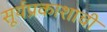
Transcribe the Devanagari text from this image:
सूर्यप्रकाशाची